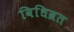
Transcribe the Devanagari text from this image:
विधिव्रत